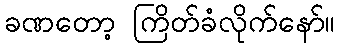
ခဏတော့ ကြိတ်ခံလိုက်နော်။